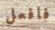
فافعل